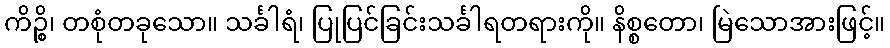
ကိဉ္စိ၊ တစုံတခုသော။ သင်္ခါရံ၊ ပြုပြင်ခြင်းသင်္ခါရတရားကို။ နိစ္စတော၊ မြဲသောအားဖြင့်။